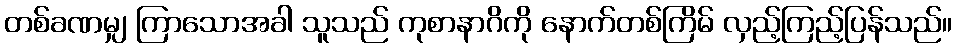
တစ်ခဏမျှ ကြာသောအခါ သူသည် ကုစာနာဂိကို နောက်တစ်ကြိမ် လှည့်ကြည့်ပြန်သည်။